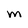
Character: M